Civil Veterinary Department. Central Provinces & Berar 1925-31 - 1925-1931
Year: 1925
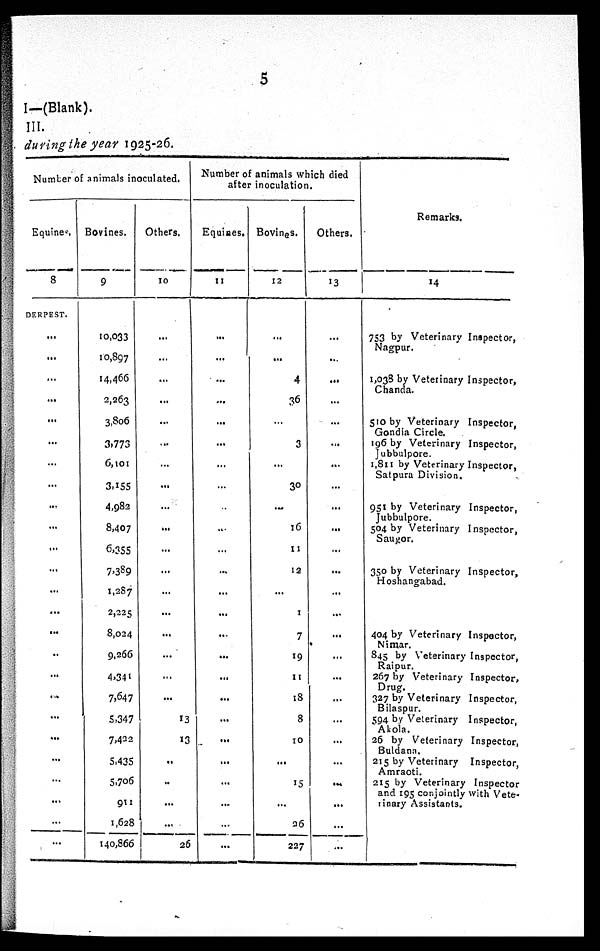
5
I—(Blank).
III.
during the year 1925-26.
Number of animals inoculated.
Equines.
8
DERPEST.
...
...
...
...
...
...
...
...
...
...
...
...
...
...
...
..
...
...
...
...
...
...
...
...
...
Bovines.
9
10,033
10,897
14,466
2,263
3,806
3,773
6,101
3,155
4,982
8,407
6,355
7,389
1,287
2,225
8,024
9,266
4,341
7,647
5,347
7,422
5,435
5.706
911
1,628
140,866
Others.
10
...
...
...
...
...
...
...
...
...
...
...
...
...
...
...
...
...
...
13
13
..
..
...
...
26
Number of animals which died
after inoculation.
Equines.
11
...
...
...
...
...
...
...
...
...
...
...
...
...
...
...
...
...
...
...
...
...
...
...
...
...
Bovines.
12
...
...
4
36
...
3
...
30
...
16
11
12
...
1
7
19
11
18
8
10
...
15
...
26
227
Others.
13
...
...
...
...
...
...
...
...
...
...
...
...
...
...
...
...
...
...
...
...
...
...
...
...
...
Remarks.
14
753 by Veterinary Inspector,
Nagpur.
1,038 by Veterinary Inspector,
Chanda.
510 by Veterinary Inspector,
Gondia Circle.
196 by Veterinary Inspector,
Jubbulpore.
1,811 by Veterinary Inspector,
Satpura Division.
951 by Veterinary Inspector,
Jubbulpore.
504 by Veterinary Inspector,
Saugor.
350 by Veterinary Inspector,
Hoshangabad.
404 by Veterinary Inspector,
Nimar.
845 by Veterinary Inspector,
Raipur.
267 by Veterinary Inspector,
Drug.
327 by Veterinary Inspector,
Bilaspur.
594 by Veterinary Inspector,
Akola.
26 by Veterinary Inspector,
Buldana.
215 by Veterinary Inspector,
Amraoti.
215 by Veterinary Inspector
and 195 conjointly with Vete¬
rinary Assistants.